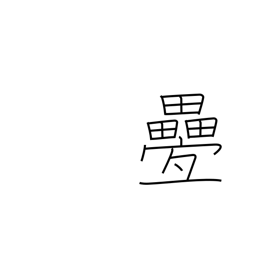
Meaning: repetitious